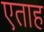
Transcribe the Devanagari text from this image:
एताह